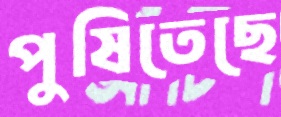
পুষিতেছে